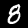
Label: 8